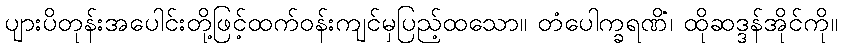
ပျားပိတုန်းအပေါင်းတို့ဖြင့်ထက်ဝန်းကျင်မှပြည့်ထသော။ တံပေါက္ခရဏိံ၊ ထိုဆဒ္ဒန်အိုင်ကို။